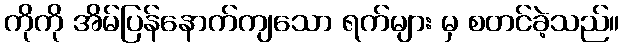
ကိုကို အိမ်ပြန်နောက်ကျသော ရက်များ မှ စတင်ခဲ့သည်။